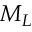
M _ { L }